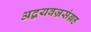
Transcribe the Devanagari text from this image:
अद्वयवज्रसंग्रह